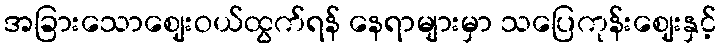
အခြားသောဈေးဝယ်ထွက်ရန် နေရာများမှာ သပြေကုန်းဈေးနှင့်